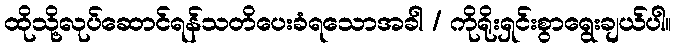
ထိုသို့လုပ်ဆောင်ရန်သတိပေးခံရသောအခါ / ကိုရိုးရှင်းစွာရွေးချယ်ပါ။